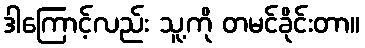
ဒါကြောင့်လည်း သူ့ကို တမင်ခိုင်းတာ။